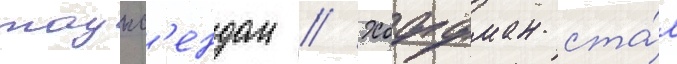
таунс'ендом // Хоффман ста́л